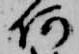
何